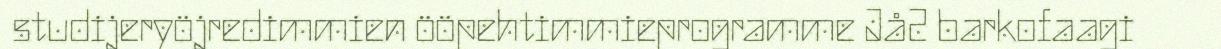
studijeryöjredimmien ööpehtimmieprogramme Jå2 barkofaagi